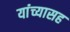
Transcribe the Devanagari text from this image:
यांंच्यासह